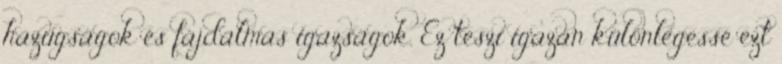
hazugságok és fájdalmas igazságok. Ez teszi igazán különlegessé ezt